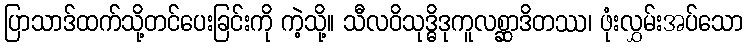
ပြာသာဒ်ထက်သို့တင်ပေးခြင်းကို ကဲ့သို့။ သီလဝိသုဒ္ဓိဒုကူလစ္ဆာဒိတဿ၊ ဖုံးလွှမ်းအပ်သော